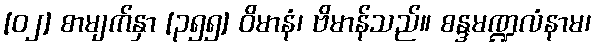
[၀၂] စာမျက်နှာ [၃၅၅] ဝိမာနံ၊ ဗိမာန်သည်။ စန္ဒမဏ္ဍလံနာမ၊